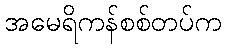
အမေရိကန်စစ်တပ်က